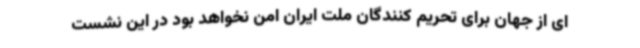
ای از جهان برای تحریم کنندگان ملت ایران امن نخواهد بود در این نشست